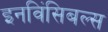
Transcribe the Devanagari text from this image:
इनविंसिबल्स